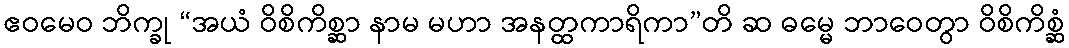
ဧဝမေဝ ဘိက္ခု “အယံ ဝိစိကိစ္ဆာ နာမ မဟာ အနတ္ထကာရိကာ”တိ ဆ ဓမ္မေ ဘာဝေတွာ ဝိစိကိစ္ဆံ